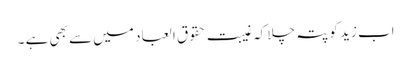
اب زید کو پتہ چلا کہ غیبت حقوق العباد میں سے بھی ہے ۔